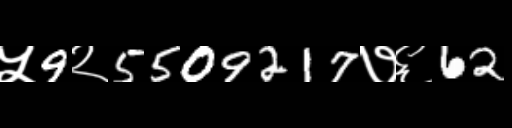
Text: ५9२5509217७६62